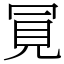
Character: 𧠊